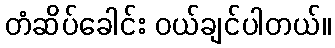
တံဆိပ်ခေါင်း ဝယ်ချင်ပါတယ်။